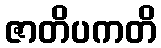
ဇာတိပကတိ